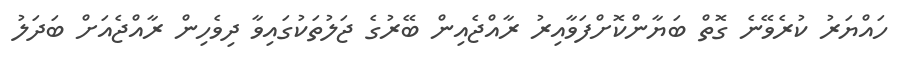
ހައްޔަރު ކުރެވޭނެ ގޮތް ބަޔާންކޮށްފަވާއިރު ރާއްޖެއިން ބޭރުގެ ޖަލުތަކުގައިވާ ދިވެހިން ރާއްޖެއަށް ބަދަލު